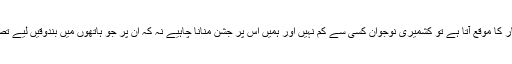
محبوبه مفتی نے کہا کہ جب صلاحیتوں اور ذہانت کے اظہار کا موقع آتا ہے تو کشمیری نوجوان کسی سے کم نہیں اور ہمیں اس پر جشن منانا چاہیے نہ کہ اُن پر جو ہاتھوں میں بندوقیں لیے تصویریں کھینچواتے ہیں اور پھر اِنہیں فیس بُک پر ڈالتے ہیں۔